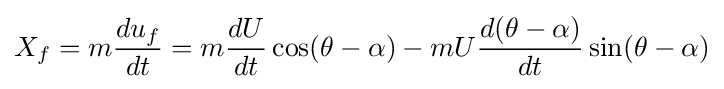
X_{f}=m{\frac {du_{f}}{dt}}=m{\frac {dU}{dt}}\cos(\theta -\alpha )-mU{\frac {d(\theta -\alpha )}{dt}}\sin(\theta -\alpha )